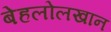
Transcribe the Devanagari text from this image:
बेहलोलखान